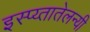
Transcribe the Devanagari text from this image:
इस्प्य्तातेलन्यी